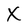
Character: X